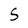
Character: S